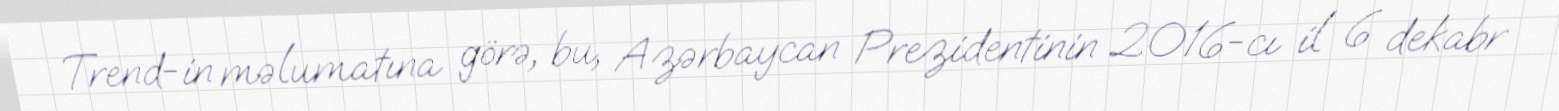
Trend-in məlumatına görə, bu, Azərbaycan Prezidentinin 2016-cı il 6 dekabr